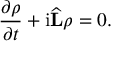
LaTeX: { \frac { \partial \rho } { \partial t } } + { \mathrm { i } { \widehat { \mathbf { L } } } } \rho = 0 .